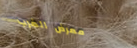
معرض الغرب